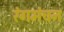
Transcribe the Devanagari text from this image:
रंगमंचन